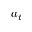
a _ { t }